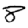
Digit: 8